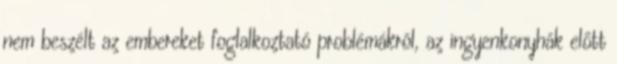
nem beszélt az embereket foglalkoztató problémákról, az ingyenkonyhák előtt